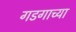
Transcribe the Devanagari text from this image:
गडगाच्या